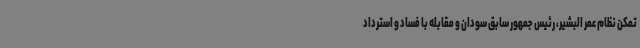
تمکن نظام عمر البشیر، رئیس جمهور سابق سودان و مقابله با فساد و استرداد